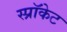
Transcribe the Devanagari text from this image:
स्प्रॉकेट